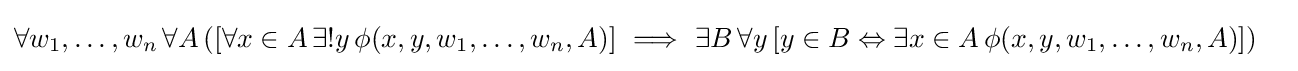
{\begin{aligned}\forall w_{1},\ldots ,w_{n}\,\forall A\,([\forall x\in A&\,\exists !y\,\phi (x,y,w_{1},\ldots ,w_{n},A)]\ \Longrightarrow \ \exists B\,\forall y\,[y\in B\Leftrightarrow \exists x\in A\,\phi (x,y,w_{1},\ldots ,w_{n},A)])\end{aligned}}